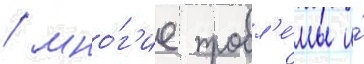
/ мно́г'ие пробл'е́мы и́